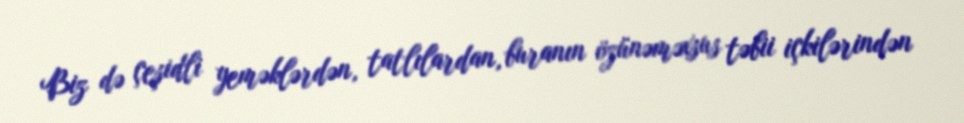
Biz də çeşidli yeməklərdən, tatlılardan, buranın özünəməxsus təbii içkilərindən